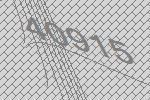
40915